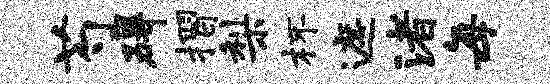
芍碍摺梨杯遮渚每